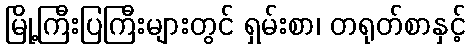
မြို့ကြီးပြကြီးများတွင် ရှမ်းစာ၊ တရုတ်စာနှင့်